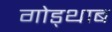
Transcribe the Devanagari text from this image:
गोड्थाब